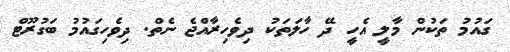
ގައުމު ތަކުން މާލީ އެހީ ދޭ ހާލަތަކު ދިވެހިރާއްޖެ ނެތް. ދިވެހިގައުމު ބަގުރޫޓް